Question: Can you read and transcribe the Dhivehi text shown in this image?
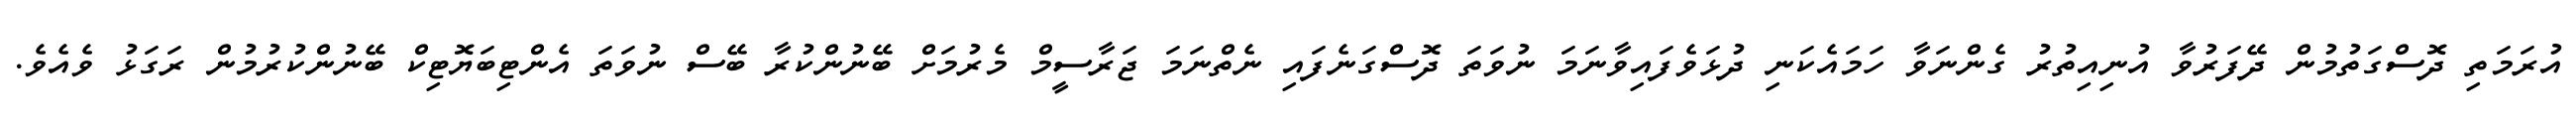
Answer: އުރަމަތި ދޮސްގަތުމުން ދޭފަރުވާ އުނިއިތުރު ގެންނަވާ ހަމައެކަނި ދުޅަވެފައިވާނަމަ ނުވަތަ ދޮސްގަނެފައި ނެތްނަމަ ޖަރާސީމް މެރުމަށް ބޭނުންކުރާ ބޭސް ނުވަތަ އެންޓިބަޔޮޓިކް ބޭނުންކުރުމުން ރަގަޅު ވެއެވެ.